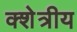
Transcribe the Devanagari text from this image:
क्शेत्रीय